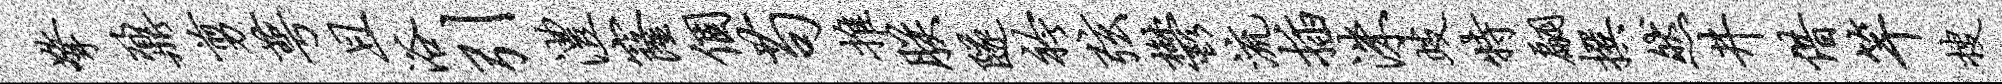
擎鼐剪萼且浴引澧窿个苟推朕隧衿弦郁流插洙歧特翩撰然井借竿搜